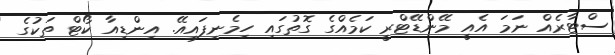
ސްޓާރެއް ނަމަ އެއީ މޭންޑޭޓްރީ ކަމެއްގެ ގޮތުގައި ހިމެނިފައިއޭ. އިންޑިއާ ކޯޓް ތަކުގެ